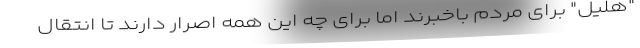
"هلیل" برای مردم باخبرند اما برای چه این همه اصرار دارند تا انتقال